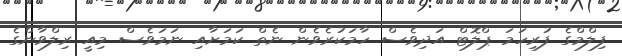
ފިލްމްގެ ފުރިހަމަ ޕްލޮޓް އަދިވެސް ހާމަކުރެވެން ނެތް ކަމަށާއި ނަމަވެސް މިއީ ރިލްވާންގެ